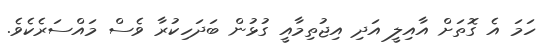
ހަމަ އެ ގޮތަށް އާއިލީ އަދި އިޖުތިމާއީ ގުޅުން ބަދަހިކުރާ ވެސް މައްސަރެކެވެ.